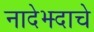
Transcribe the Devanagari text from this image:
नादेझ्दाचे